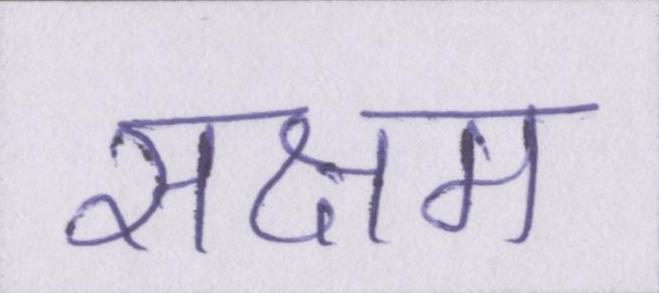
सक्षम